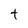
Character: t